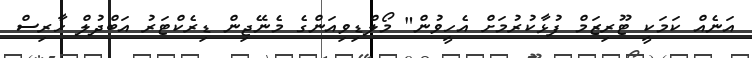
އަނެއް ކަމަކީ ޓޫރިޒަމް ފުޅާކުރުމަށް އެހީވުން" މޯލްޑިވިއަންގެ މެނޭޖިން ޑިރެކްޓަރު އަބްދުލް ހާރިސް